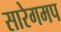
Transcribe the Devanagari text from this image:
सारेगमप